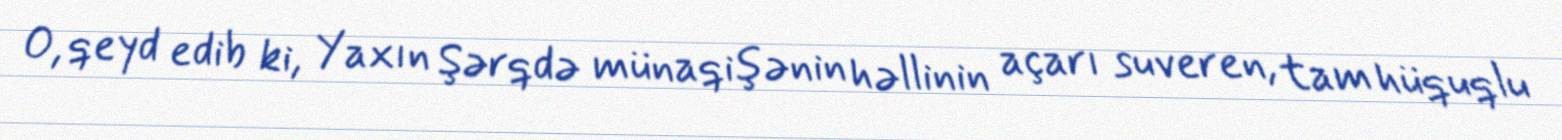
O, qeyd edib ki, Yaxın Şərqdə münaqişənin həllinin açarı suveren, tam hüquqlu